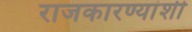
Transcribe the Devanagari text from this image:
राजकारण्यांशी